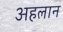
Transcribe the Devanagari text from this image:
अहलान